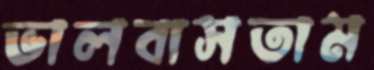
ভালবাসতাম